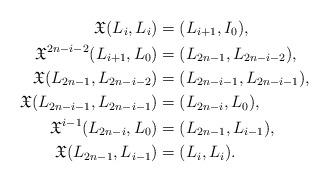
LaTeX: \begin{align*}\mathfrak{X}(L_i, L_i)&=(L_{i+1}, I_0),\\\mathfrak{X}^{2n-i-2}(L_{i+1}, L_0)&=(L_{2n-1}, L_{2n-i-2}),\\\mathfrak{X}(L_{2n-1}, L_{2n-i-2})&=(L_{2n-i-1}, L_{2n-i-1}),\\\mathfrak{X}(L_{2n-i-1}, L_{2n-i-1})&=(L_{2n-i}, L_{0}),\\\mathfrak{X}^{i-1}(L_{2n-i}, L_{0})&=(L_{2n-1}, L_{i-1}),\\\mathfrak{X}(L_{2n-1}, L_{i-1})&=(L_{i}, L_{i}).\end{align*}